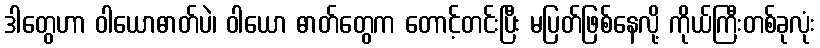
ဒါတွေဟာ ဝါယောဓာတ်ပဲ၊ ဝါယော ဓာတ်တွေက တောင့်တင်းပြီး မပြတ်ဖြစ်နေလို့ ကိုယ်ကြီးတစ်ခုလုံး